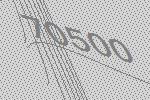
70500